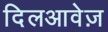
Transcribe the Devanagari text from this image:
दिलआवेज़